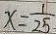
x = \frac { 1 } { 2 5 }